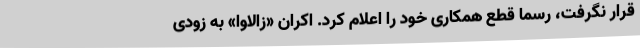
قرار نگرفت، رسما قطع همکاری خود را اعلام کرد. اکران «زالاوا» به زودی